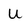
Character: u